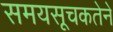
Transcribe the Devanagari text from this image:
समयसूचकतेने